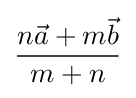
{\frac {n{\vec {a}}+m{\vec {b}}}{m+n}}